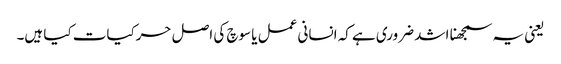
یعنی یہ سمجھنا اشد ضروری ہے کہ انسانی عمل یا سوچ کی اصل حرکیات کیا ہیں۔